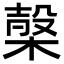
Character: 𣖫